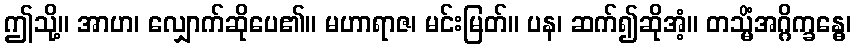
ဤသို့။ အာဟ၊ လျှောက်ဆိုပေ၏။ မဟာရာဇ၊ မင်းမြတ်။ ပန၊ ဆက်၍ဆိုအံ့။ တသ္မိံအဂ္ဂိက္ခန္ဓေ၊